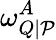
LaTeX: \omega_{Q\mid\mathcal{P}}^{A}